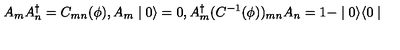
A _ { m } A _ { n } ^ { \dagger } = C _ { m n } ( \phi ) , A _ { m } \mid 0 \rangle = 0 , A _ { m } ^ { \dagger } ( C ^ { - 1 } ( \phi ) ) _ { m n } A _ { n } = 1 - \mid 0 \rangle \langle 0 \mid